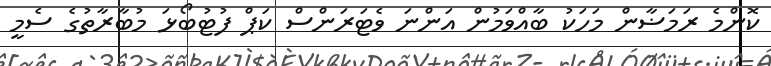
ކޮންމެ ރަމަޟާން މަހަކު ބާއްވަމުން އަންނަ ވެޓަރަންސް ކަޕް ފުޓުބޯޅަ މުބާރާތުގެ ސެމީ